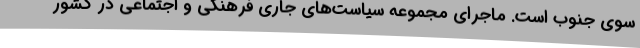
سوی جنوب است. ماجرای مجموعه سیاست‌های جاری فرهنگی و اجتماعی در کشور